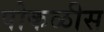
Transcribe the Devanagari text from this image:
पोकळीस